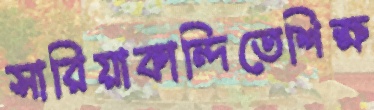
সারিয়াকান্দিতেশিক্ষ